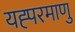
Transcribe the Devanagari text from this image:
यह्परमाणु